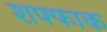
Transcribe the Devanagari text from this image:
शफ्फाक